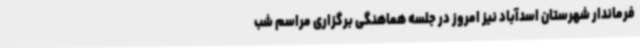
فرماندار شهرستان اسدآباد نیز امروز در جلسه هماهنگی برگزاری مراسم شب